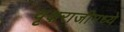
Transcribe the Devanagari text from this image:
वृक्षराजीमध्ये